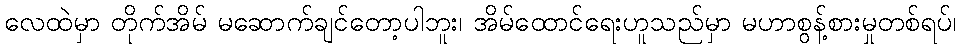
လေထဲမှာ တိုက်အိမ် မဆောက်ချင်တော့ပါဘူး၊ အိမ်ထောင်ရေးဟူသည်မှာ မဟာစွန့်စားမှုတစ်ရပ်၊